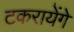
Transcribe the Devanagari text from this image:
टकरायेंगे